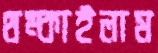
থম্‌কাইলাম